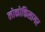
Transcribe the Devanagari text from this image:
लोकोक्तिसागर